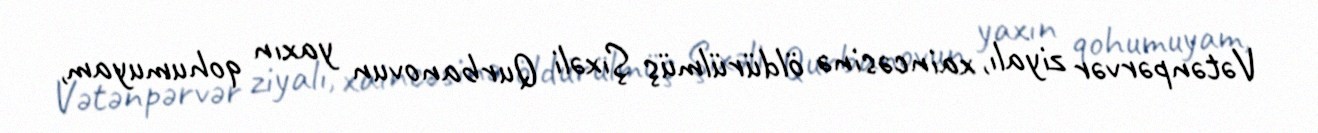
Vətənpərvər ziyalı, xaincəsinə öldürülmüş Şıxəli Qurbanovun yaxın qohumuyam,